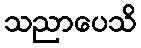
သညာပေသိ